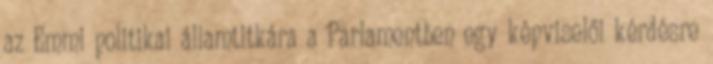
az Emmi politikai államtitkára a Parlamentben egy képviselői kérdésre